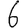
Digit: 6